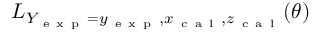
L _ { Y _ { \mathrm { ~ e ~ x ~ p ~ } } = y _ { \mathrm { ~ e ~ x ~ p ~ } } , x _ { \mathrm { ~ c ~ a ~ l ~ } } , z _ { \mathrm { ~ c ~ a ~ l ~ } } } ( \theta )